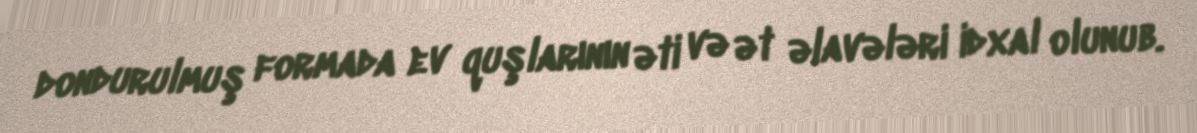
dondurulmuş formada ev quşlarının əti və ət əlavələri idxal olunub.